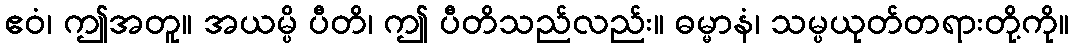
ဧဝံ၊ ဤအတူ။ အယမ္ပိ ပီတိ၊ ဤ ပီတိသည်လည်း။ ဓမ္မာနံ၊ သမ္ပယုတ်တရားတို့ကို။